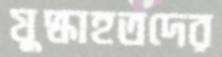
যুদ্ধাহতদের